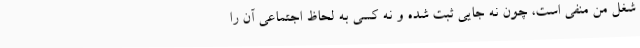
شغل من منفی است، چون نه جایی ثبت شده و نه کسی به لحاظ اجتماعی آن را